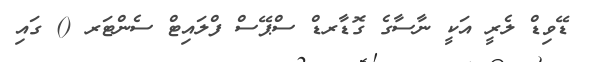
ޑޭވިޑް ލެރީ އަކީ ނާސާގެ ގޮޑާރޑް ސްޕޭސް ފްލައިޓް ސެންޓަރ () ގައި